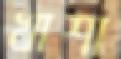
খাশা